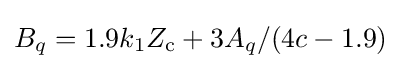
B_{q}=1.9k_{1}Z_{\text{c}}+3A_{q}/(4c-1.9)